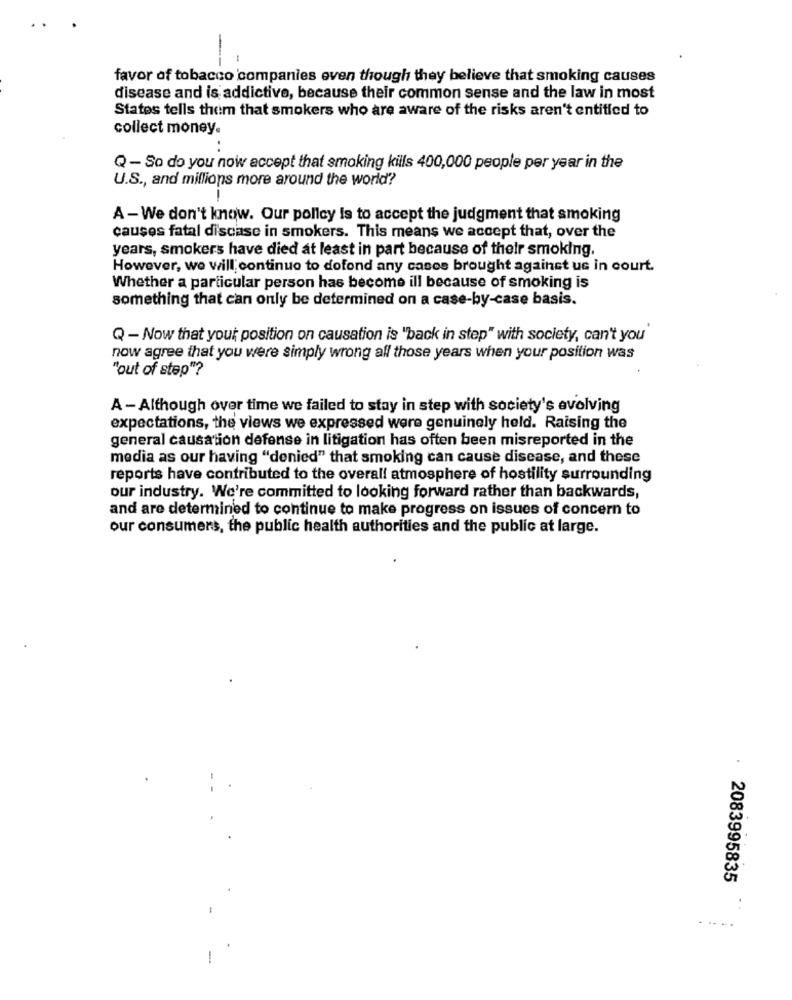
---
favor of tobacco companies even though they believe that smoking causes
disease and is addictive, because their common sense and the law in most
States tells them that smokers who are aware of the risks aren't entitled to
collect money.
Q- So do you now accept that smoking kills 400,000 people per year in the
U.S ., and millions more around the world?
A - We don't know. Our policy Is to accept the judgment that smoking
causes fatal discase in smokers. This means we accept that, over the
years, smokers have died at least in part because of their smoking.
However, we will continue to dofond any cases brought against us in court.
Whether a particular person has become ill because of smoking is
something that can only be determined on a case-by-case basis.
Q - Now that your position on causation is "back in step" with society, can't you
now agree that you were simply wrong all those years when your position was
"out of step"?
A - Although over time we failed to stay in step with society's evolving
expectations, the views we expressed were genuinely held. Raising the
general causation defense in litigation has often been misreported in the
media as our having "denied" that smoking can cause disease, and these
reports have contributed to the overall atmosphere of hostility surrounding
our industry. We're committed to looking forward rather than backwards,
and are determined to continue to make progress on issues of concern to
our consumers, the public health authorities and the public at large.
2083995835